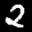
Label: 2